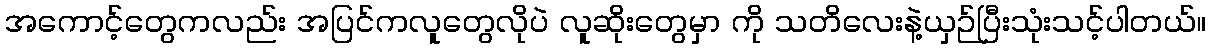
အကောင့်တွေကလည်း အပြင်ကလူတွေလိုပဲ လူဆိုးတွေမှာ ကို သတိလေးနဲ့ယှဉ်ပြီးသုံးသင့်ပါတယ်။